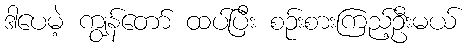
ဒါပေမဲ့ ကျွန်တော် ထပ်ပြီး စဉ်းစားကြည့်ဦးမယ်